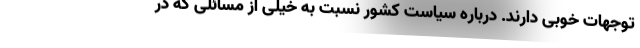
توجهات خوبی دارند. درباره سیاست کشور نسبت به خیلی از مسائلی که در